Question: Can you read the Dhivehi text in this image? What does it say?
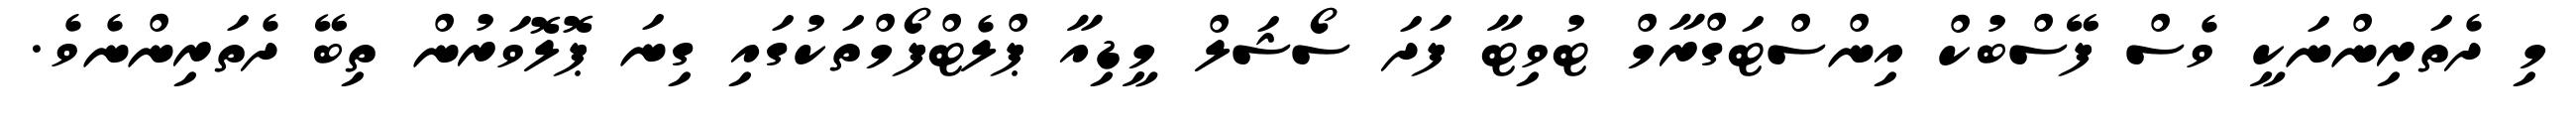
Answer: މި ދެތަރިންނަކީ ވެސް ފޭސްބުކް އިންސްޓަގްރާމް ޓުވިޓާ ފަދަ ސޯޝަލް މީޑިއާ ޕްލެޓްފޯމްތަކުގައި ގިނަ ޕޮލޮވަރުން ތިބޭ ދެތަރިންނެވެ.